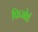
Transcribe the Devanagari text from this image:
फिजोर्ड